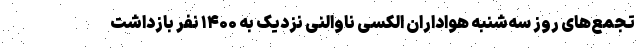
تجمع‌های روز سه‌شنبه هواداران الکسی ناوالنی نزدیک به ۱۴۰۰ نفر بازداشت